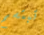
تبتسم